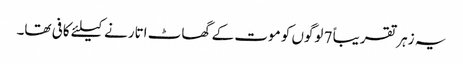
یہ زہر تقریباً 7 لوگوں کو موت کے گھاٹ اتارنے کیلئے کافی تھا۔